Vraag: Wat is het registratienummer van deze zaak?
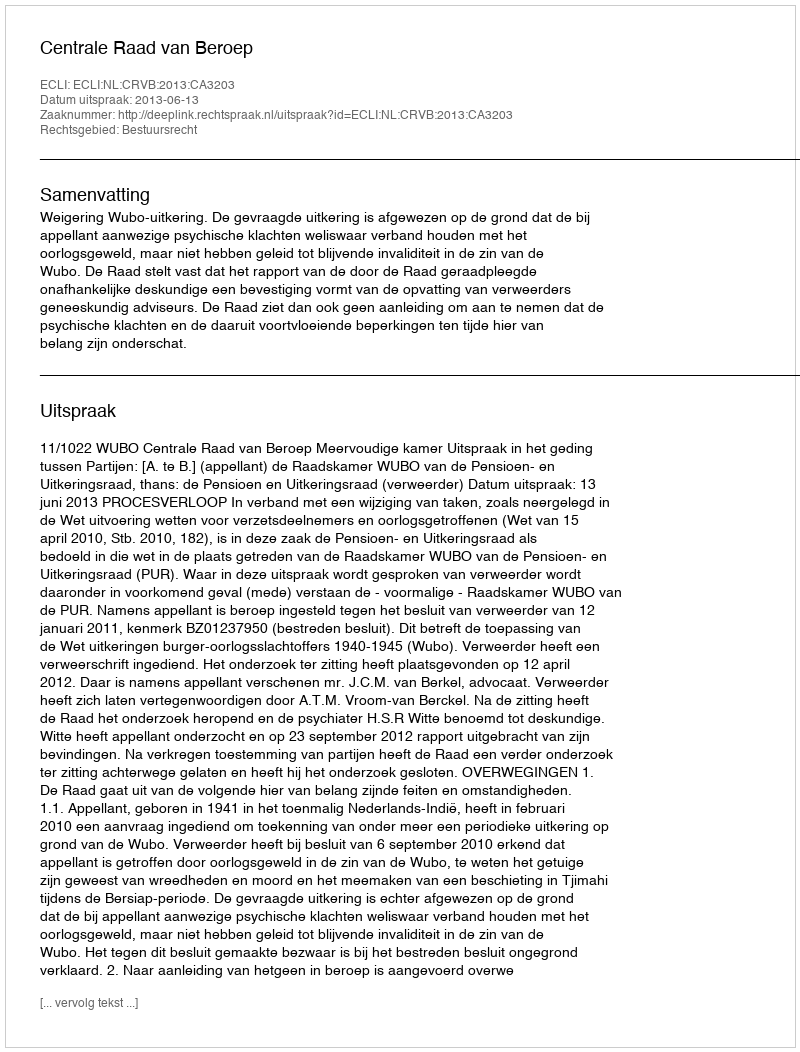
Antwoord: http://deeplink.rechtspraak.nl/uitspraak?id=ECLI:NL:CRVB:2013:CA3203